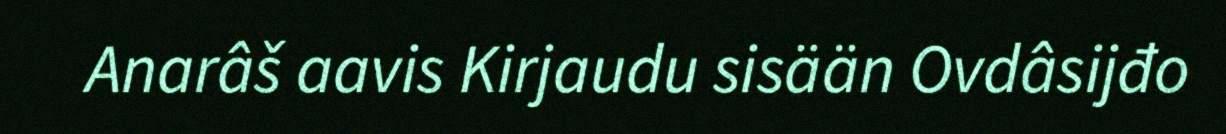
Anarâš aavis Kirjaudu sisään Ovdâsijđo